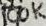
Text: 100K